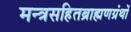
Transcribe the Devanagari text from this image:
मन्त्रसहितब्राह्मणग्रंथों